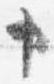
申